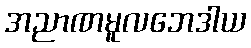
အညာဏမူလဘေဒါယ